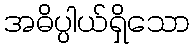
အဓိပ္ပါယ်ရှိသော